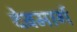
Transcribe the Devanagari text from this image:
देवमार्ग